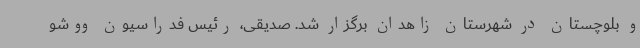
و بلوچستان در شهرستان زاهدان برگزار شد. صدیقی، رئیس فدراسیون ووشو